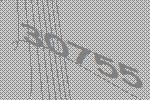
30755